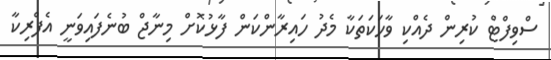
ސްވިފްޓް ކުރިން ދެއްކި ވާހަކަތަކާ މެދު ހައިރާންކަން ފާޅުކޮށް މިނާޖް ބުނެފައިވަނީ އެފްރިކާ